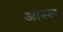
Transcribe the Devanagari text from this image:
आस्स